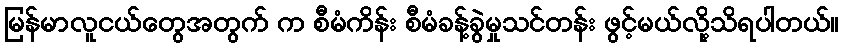
မြန်မာလူငယ်တွေအတွက် က စီမံကိန်း စီမံခန့်ခွဲမှုသင်တန်း ဖွင့်မယ်လို့သိရပါတယ်။